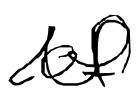
Text: of
Cross-out: wave
Writing tool: digital_black